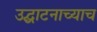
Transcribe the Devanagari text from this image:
उद्घाटनाच्याच